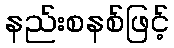
နည်းစနစ်ဖြင့်